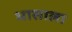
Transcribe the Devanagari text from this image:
भासाला